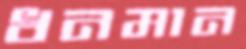
ধনমান